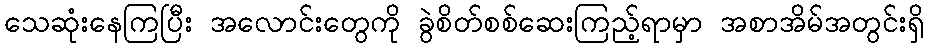
သေဆုံးနေကြပြီး အလောင်းတွေကို ခွဲစိတ်စစ်ဆေးကြည့်ရာမှာ အစာအိမ်အတွင်းရှိ